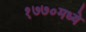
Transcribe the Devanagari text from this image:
१७७०मध्ये